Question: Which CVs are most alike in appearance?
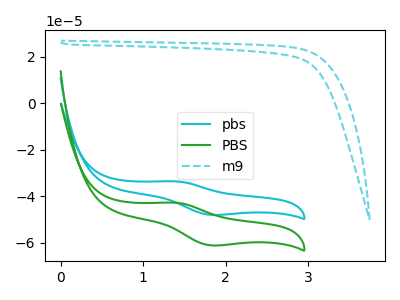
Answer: <think>The cyan curve "pbs" has an anodic peak at (1.40V, -33.65uA) and a cathodic peak at (1.80V, -48.05uA). The green curve "PBS" has an anodic peak at (1.40V, -42.85uA) and a cathodic peak at (1.80V, -61.20uA). The cyan dashed curve "m9" has no peaks.
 All the peaks in "pbs" have a peak in "PBS" at the same potential. "pbs" and "m9" have a different number of peaks. "PBS" and "m9" have a different number of peaks.</think>
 <answer>"pbs" and "PBS" have the same shape and are likely CV's of the same chemical.</answer>
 <eval>"pbs" "PBS"</eval>